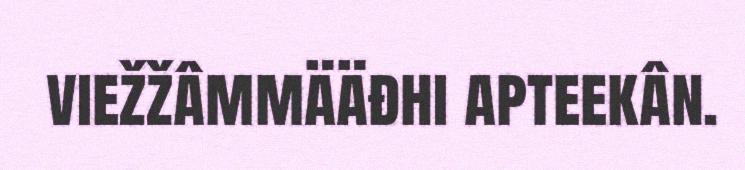
viežžâmmääđhi apteekân.